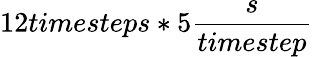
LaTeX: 12timesteps*5\frac{s}{timestep}